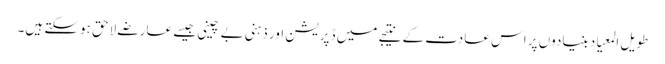
طویل المعیاد بنیادوں پر اس عادت کے نتیجے میں ڈپریشن اور ذہنی بے چینی جیسے عارضے لاحق ہوسکتے ہیں۔